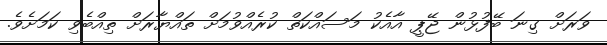
ވަރަށް ގިނަ ބޭފުޅުން ޖޭޕީ އާއެކު މަސައްކަތް ކުރެއްވުމަށް ތައްޔާރަށް ތިއްބެވި ކަމަށެވެ.